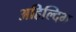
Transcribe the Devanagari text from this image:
अहिल्दिभ